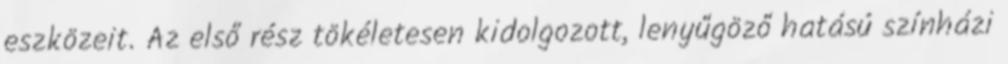
eszközeit. Az első rész tökéletesen kidolgozott, lenyűgöző hatású színházi